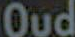
Oud